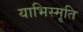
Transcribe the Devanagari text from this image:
याभिस्मृति